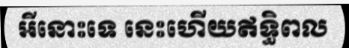
អីនោះទេ នេះហើយឥទ្ធិពល